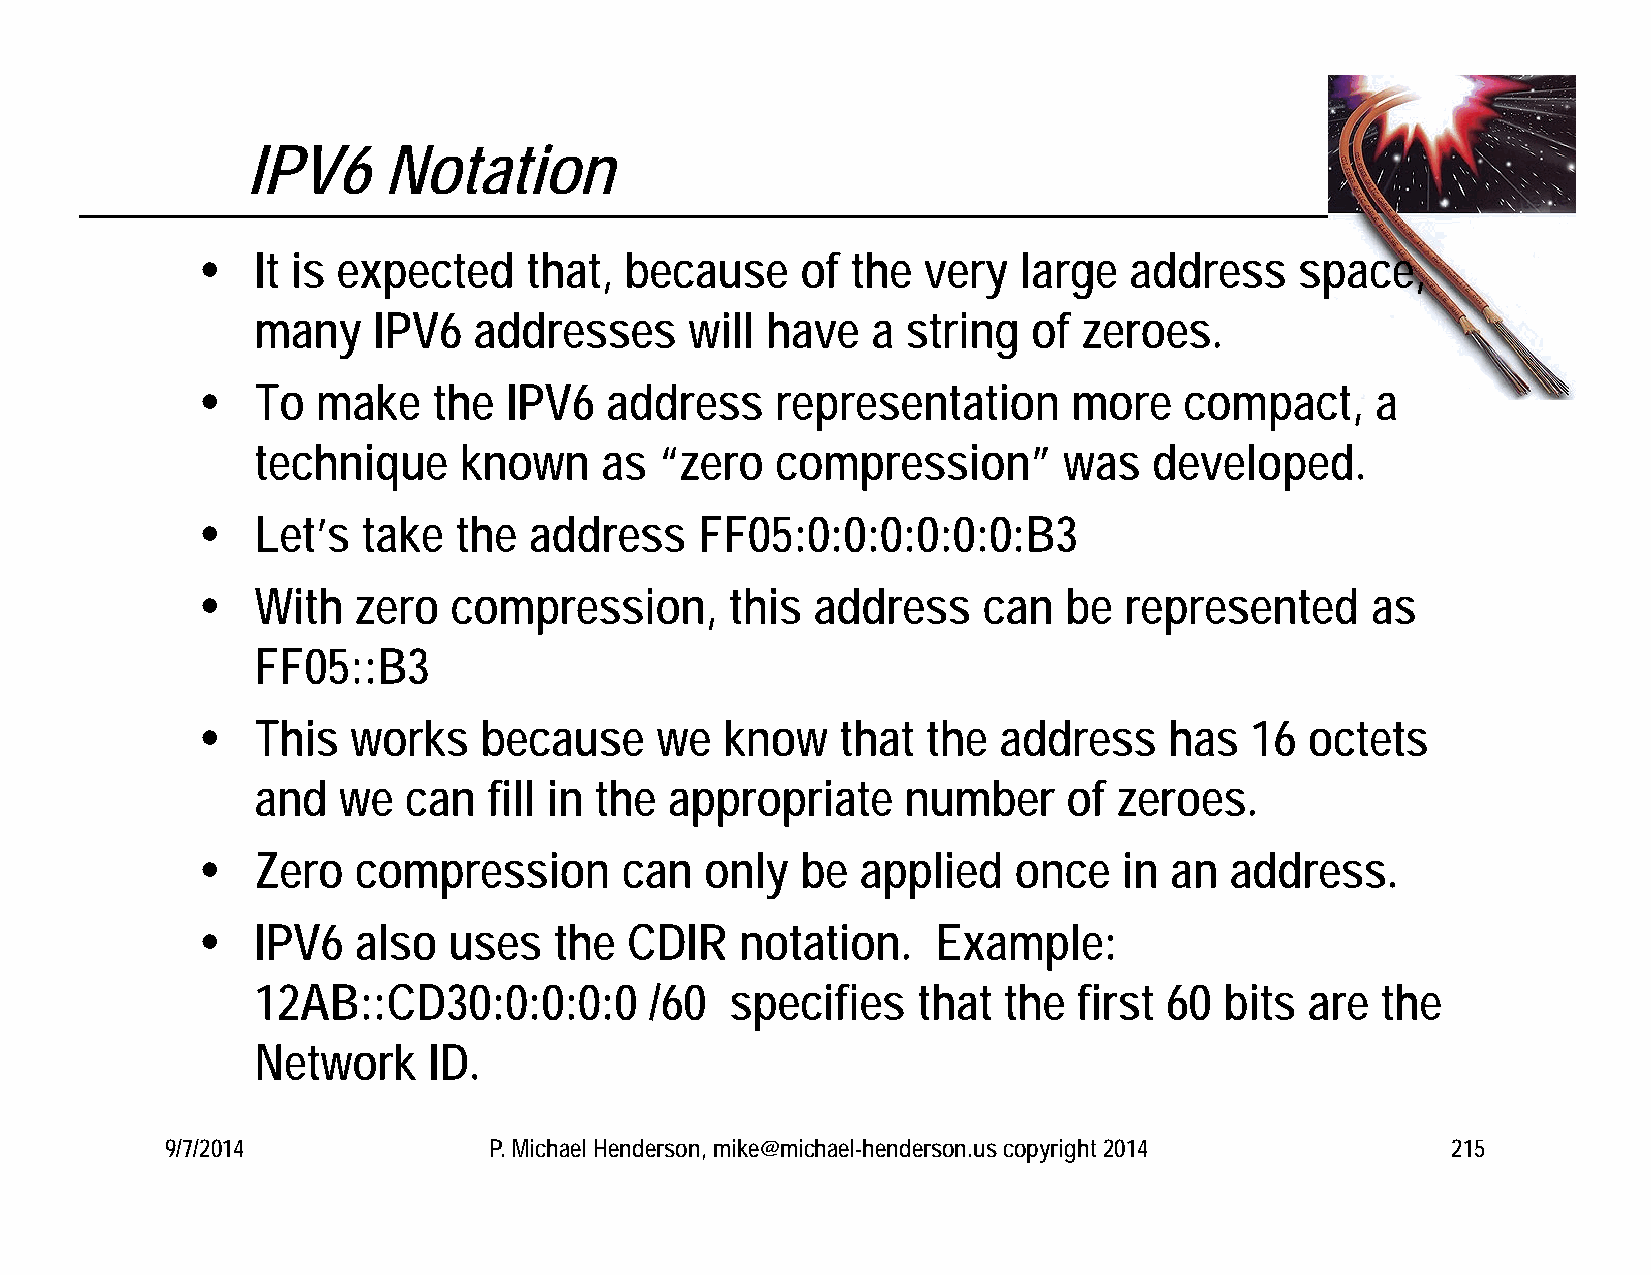
IPV6     Notation
    It is expected    that, because     of the  very  large   address    space,
 many    IPV6  addresses      will have   a string  of  zeroes.
    To  make    the IPV6   address    representation      more   compact,     a
 technique    known     as  “zero  compression”       was   developed.
    Let’s  take  the  address    FF05:0:0:0:0:0:0:B3
    With  zero   compression,      this  address    can  be  represented      as
 FF05::B3
    This  works    because    we   know    that the  address    has   16  octets
 and  we   can  fill in the appropriate     number     of zeroes.
    Zero  compression       can   only  be  applied   once   in an  address.
    IPV6  also   uses   the  CDIR   notation.    Example:
 12AB::CD30:0:0:0:0        /60  specifies    that the  first 60  bits  are the
 Network    ID.
 9/7/2014             P. Michael Henderson, mike@michael-henderson.us copyright 2014  215